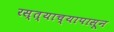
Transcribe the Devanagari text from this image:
रस्त्याच्यापासून